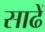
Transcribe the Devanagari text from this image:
साढें